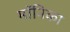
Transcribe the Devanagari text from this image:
माॅनिका